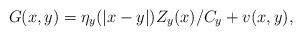
LaTeX: \begin{align*} G(x,y)=\eta_y(|x-y|) Z_y(x)/C_y +v(x,y), \end{align*}